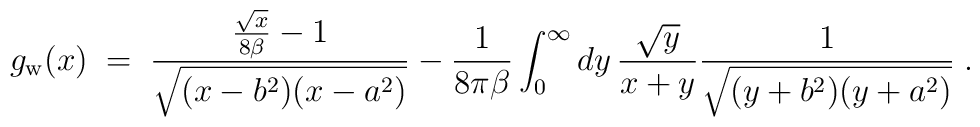
g_{\rm w}(x)\;=\;{ {\sqrt{x}\over 8\beta}-1\over \sqrt{(x-b^2)(x-a^2)}}-{1\over 8\pi\beta}\int_0^\infty dy\,{\sqrt{y}\over x+y}{1\over \sqrt{ (y+b^2)(y+a^2)}}\;.